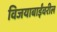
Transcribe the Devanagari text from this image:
विजयाबाईंवरील